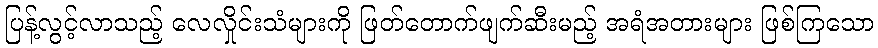
ပြန့်လွင့်လာသည့် လေလှိုင်းသံများကို ဖြတ်တောက်ဖျက်ဆီးမည့် အရံအတားများ ဖြစ်ကြသော